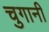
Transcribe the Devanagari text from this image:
चुगानी